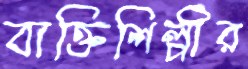
ব্যক্তিশিল্পীর